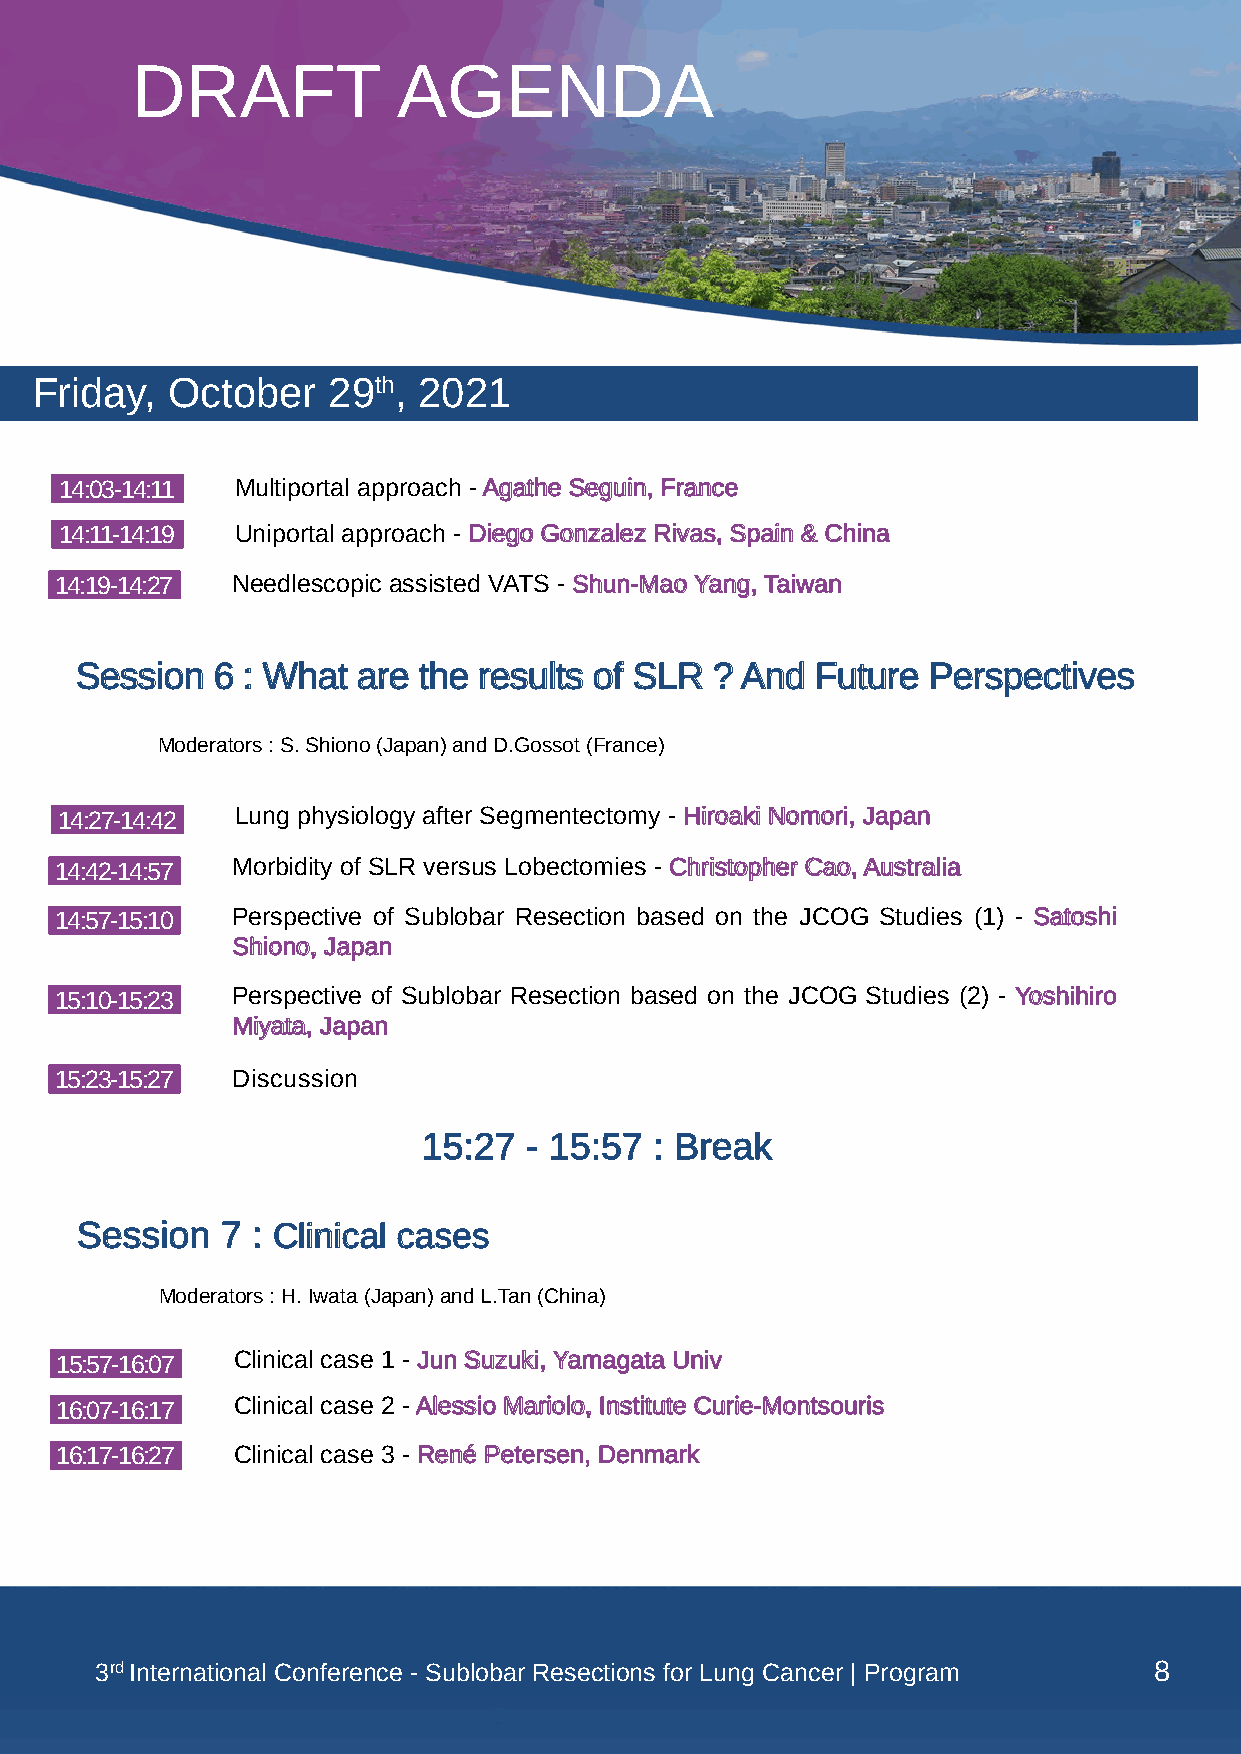
DRAFT            AGENDA
 Friday,  October    29th, 2021
 14:03-14:11 Multiportal approach - Agathe Seguin, France
 14:11-14:19 Uniportal approach - Diego Gonzalez Rivas, Spain & China
 14:19-14:27 Needlescopic assisted VATS - Shun-Mao Yang, Taiwan
 Session  6 : What  are the results of SLR ? And  Future Perspectives
 Moderators : S. Shiono (Japan) and D.Gossot (France)
 14:27-14:42 Lung physiology after Segmentectomy - Hiroaki Nomori, Japan
 14:42-14:57 Morbidity of SLR versus Lobectomies - Christopher Cao, Australia
 14:57-15:10 Perspective of Sublobar Resection based on the JCOG Studies (1) - Satoshi
 Shiono, Japan
 15:10-15:23 Perspective of Sublobar Resection based on the JCOG Studies (2) - Yoshihiro
 Miyata, Japan
 15:23-15:27 Discussion
 15:27  - 15:57 : Break
 Session   7 : Clinical cases
 Moderators : H. Iwata (Japan) and L.Tan (China)
 15:57-16:07 Clinical case 1 - Jun Suzuki, Yamagata Univ
 16:07-16:17 Clinical case 2 - Alessio Mariolo, Institute Curie-Montsouris
 16:17-16:27 Clinical case 3 - René Petersen, Denmark
 3 rd International Conference - Sublobar Resections for Lung Cancer | Program 8